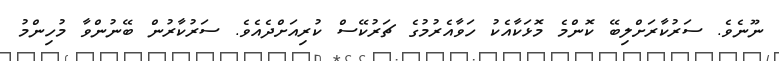
ނޫނެވެ. ސަރުކާރަށްލިބޭ ކޮންމެ މޮޅަކާއެކު ހަވާއެރުމުގެ ޗަރުކޭސް ކުރިއަށްދެއެވެ. ސަރުކާރުން ބޭނުންވާ މުހިންމު